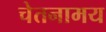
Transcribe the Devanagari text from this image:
चेतनामय